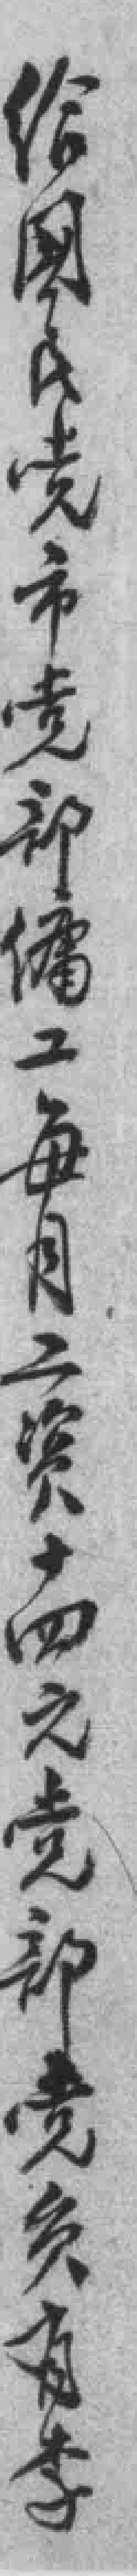
给國民党市党部傭工每月工资十四元党部党员有李